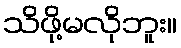
သိဖို့မလိုဘူး။